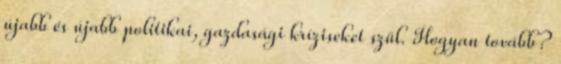
újabb és újabb politikai, gazdasági kríziseket szül. Hogyan tovább?